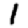
Digit: 1